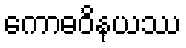
ကောဓဝိနယဿ